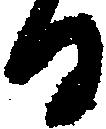
る